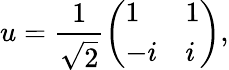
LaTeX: u=\frac{1}{\sqrt{2}}\left(\begin{array}{ll}{1}&{1}\\ {-i}&{i}\end{array}\right),